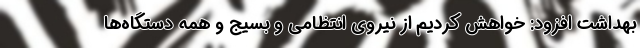
بهداشت افزود: خواهش کردیم از نیروی انتظامی و بسیج و همه دستگاه‌ها